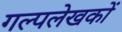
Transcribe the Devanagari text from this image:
गल्पलेखकों